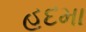
હદમા